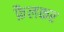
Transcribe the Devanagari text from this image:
फ़ैलकर